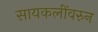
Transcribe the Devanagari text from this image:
सायकलींवरुन